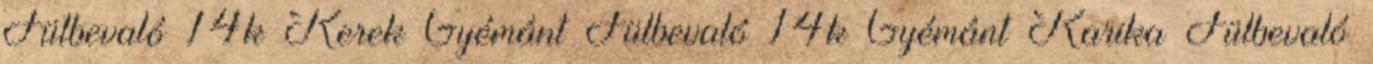
Fülbevaló 14k Kerek Gyémánt Fülbevaló 14k Gyémánt Karika Fülbevaló